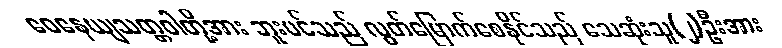
ဝေနေယျသတ္တဝါတို့အား ဘူးပင်သည် လွတ်မြောက်စေနိုင်သည် သေဆုံးသူ(၂)ဦးအား